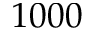
1 0 0 0